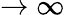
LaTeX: \rightarrow\infty